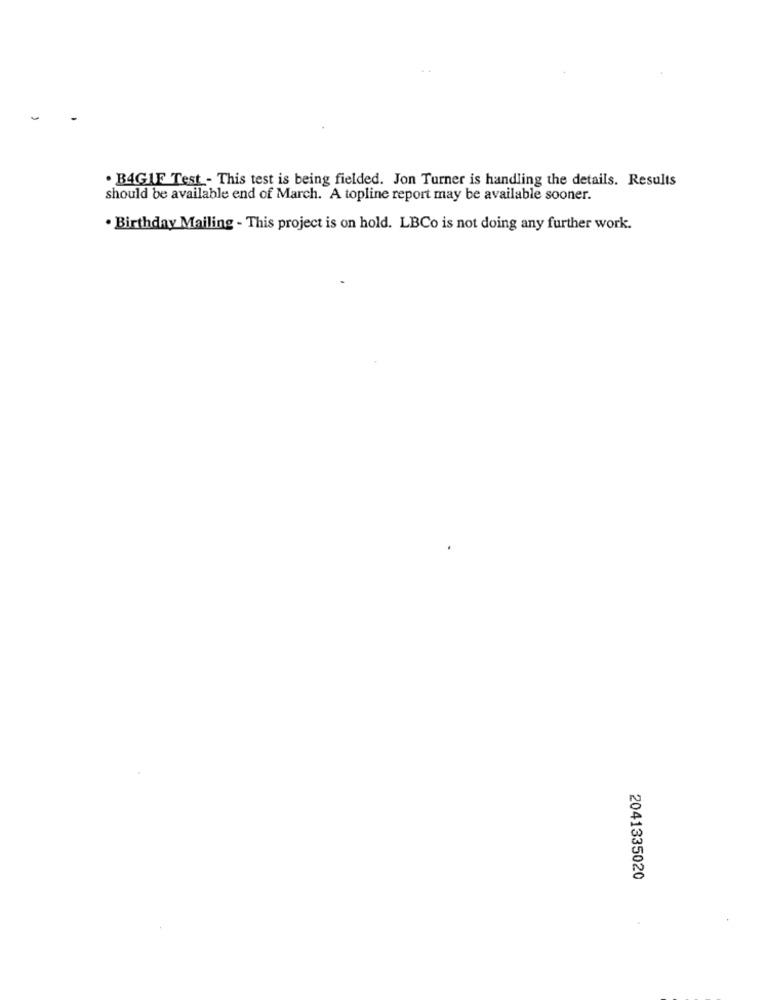
. B4GIF Test - This test is being fielded. Jon Turner is handling the details. Results
should be available end of March. A topline report may be available sooner.
. Birthday Mailing - This project is on hold. LBCo is not doing any further work.
2041335020